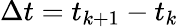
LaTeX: \Delta t=t_{k+1}-t_{k}